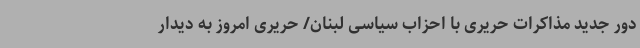
دور جدید مذاکرات حریری با احزاب سیاسی لبنان/ حریری امروز به دیدار